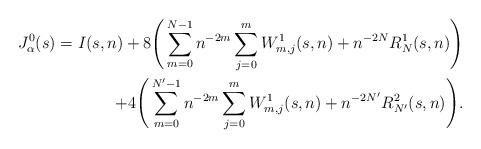
LaTeX: \begin{align*}J_\alpha^0(s) = I(s,n) + 8 \Bigg( \sum_{m=0}^{N-1} n^{-2m} \sum_{j=0}^m W_{m,j}^1(s,n) + n^{-2N} R_N^1(s,n) \Bigg) \\+ 4 \Bigg( \sum_{m=0}^{N'-1} n^{-2m} \sum_{j=0}^m W_{m,j}^1(s,n) + n^{-2N'} R_{N'}^2(s,n) \Bigg).\end{align*}